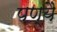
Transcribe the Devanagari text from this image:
पण्यै